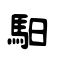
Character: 馹